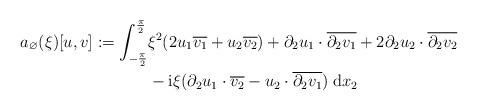
LaTeX: \begin{align*}a_\varnothing(\xi)[u,v] := \int_{-\frac\pi2}^{\frac\pi2} & \xi^2( 2 u_1 \overline{v_1} + u_2 \overline{v_2} ) + \partial_2 u_1 \cdot \overline{\partial_2 v_1} + 2 \partial_2 u_2 \cdot \overline{\partial_2 v_2} \\& - \mathrm{i} \xi (\partial_2 u_1 \cdot\overline{v_2} - u_2 \cdot \overline{\partial_2 v_1} ) \; \mathrm{d} x_2\end{align*}